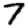
Digit: 7